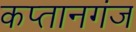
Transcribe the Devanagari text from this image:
कप्‍तानगंज